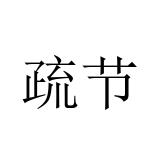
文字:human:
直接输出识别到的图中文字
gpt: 疏节